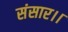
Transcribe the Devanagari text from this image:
संसार।।